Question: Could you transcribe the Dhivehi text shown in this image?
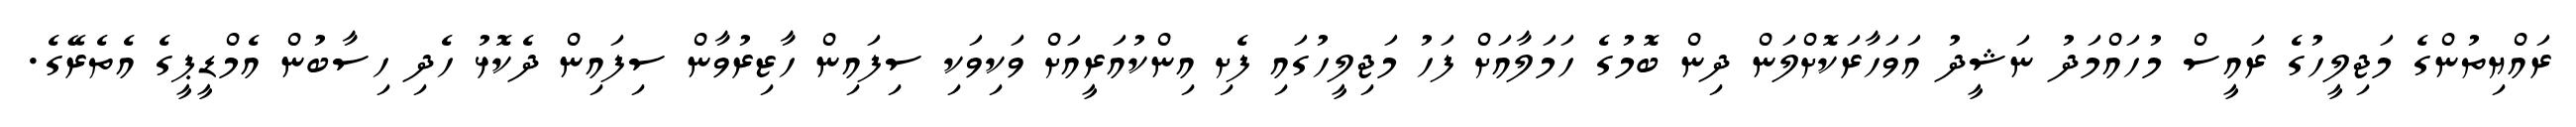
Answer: ރައްޔިތުންގެ މަޖިލީހުގެ ރައީސް މުހައްމަދު ނަޝީދު އަވަހާރަކޮށްލަން ދިން ބޮމުގެ ހަމަލާއަށް ފަހު މަޖިލީހުގައި ފެށި އިންކުއަރީއަށް ވަކިވަކި ސިފައިން ހާޒިރުވާން ސިފައިން ދެކޮޅު ހެދި ހިސާބުން އެމްޑީޕީގެ އެތެރޭގެ.